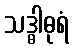
သဒ္ဓါဓုရံ